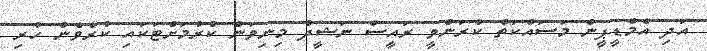
އަދި އެމްޑީޕީން މަސައްކަތް ކުރަންވީ ރައީސް ނަޝީދު މިނިވަން ކުރުމަށްޓަކައި ކުރެވެން ހުރި